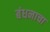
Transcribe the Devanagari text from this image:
बंधनाचा